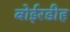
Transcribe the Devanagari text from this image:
बोईरडीह